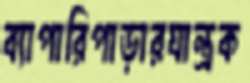
ব্যাপারিপাড়ারযান্ত্রক